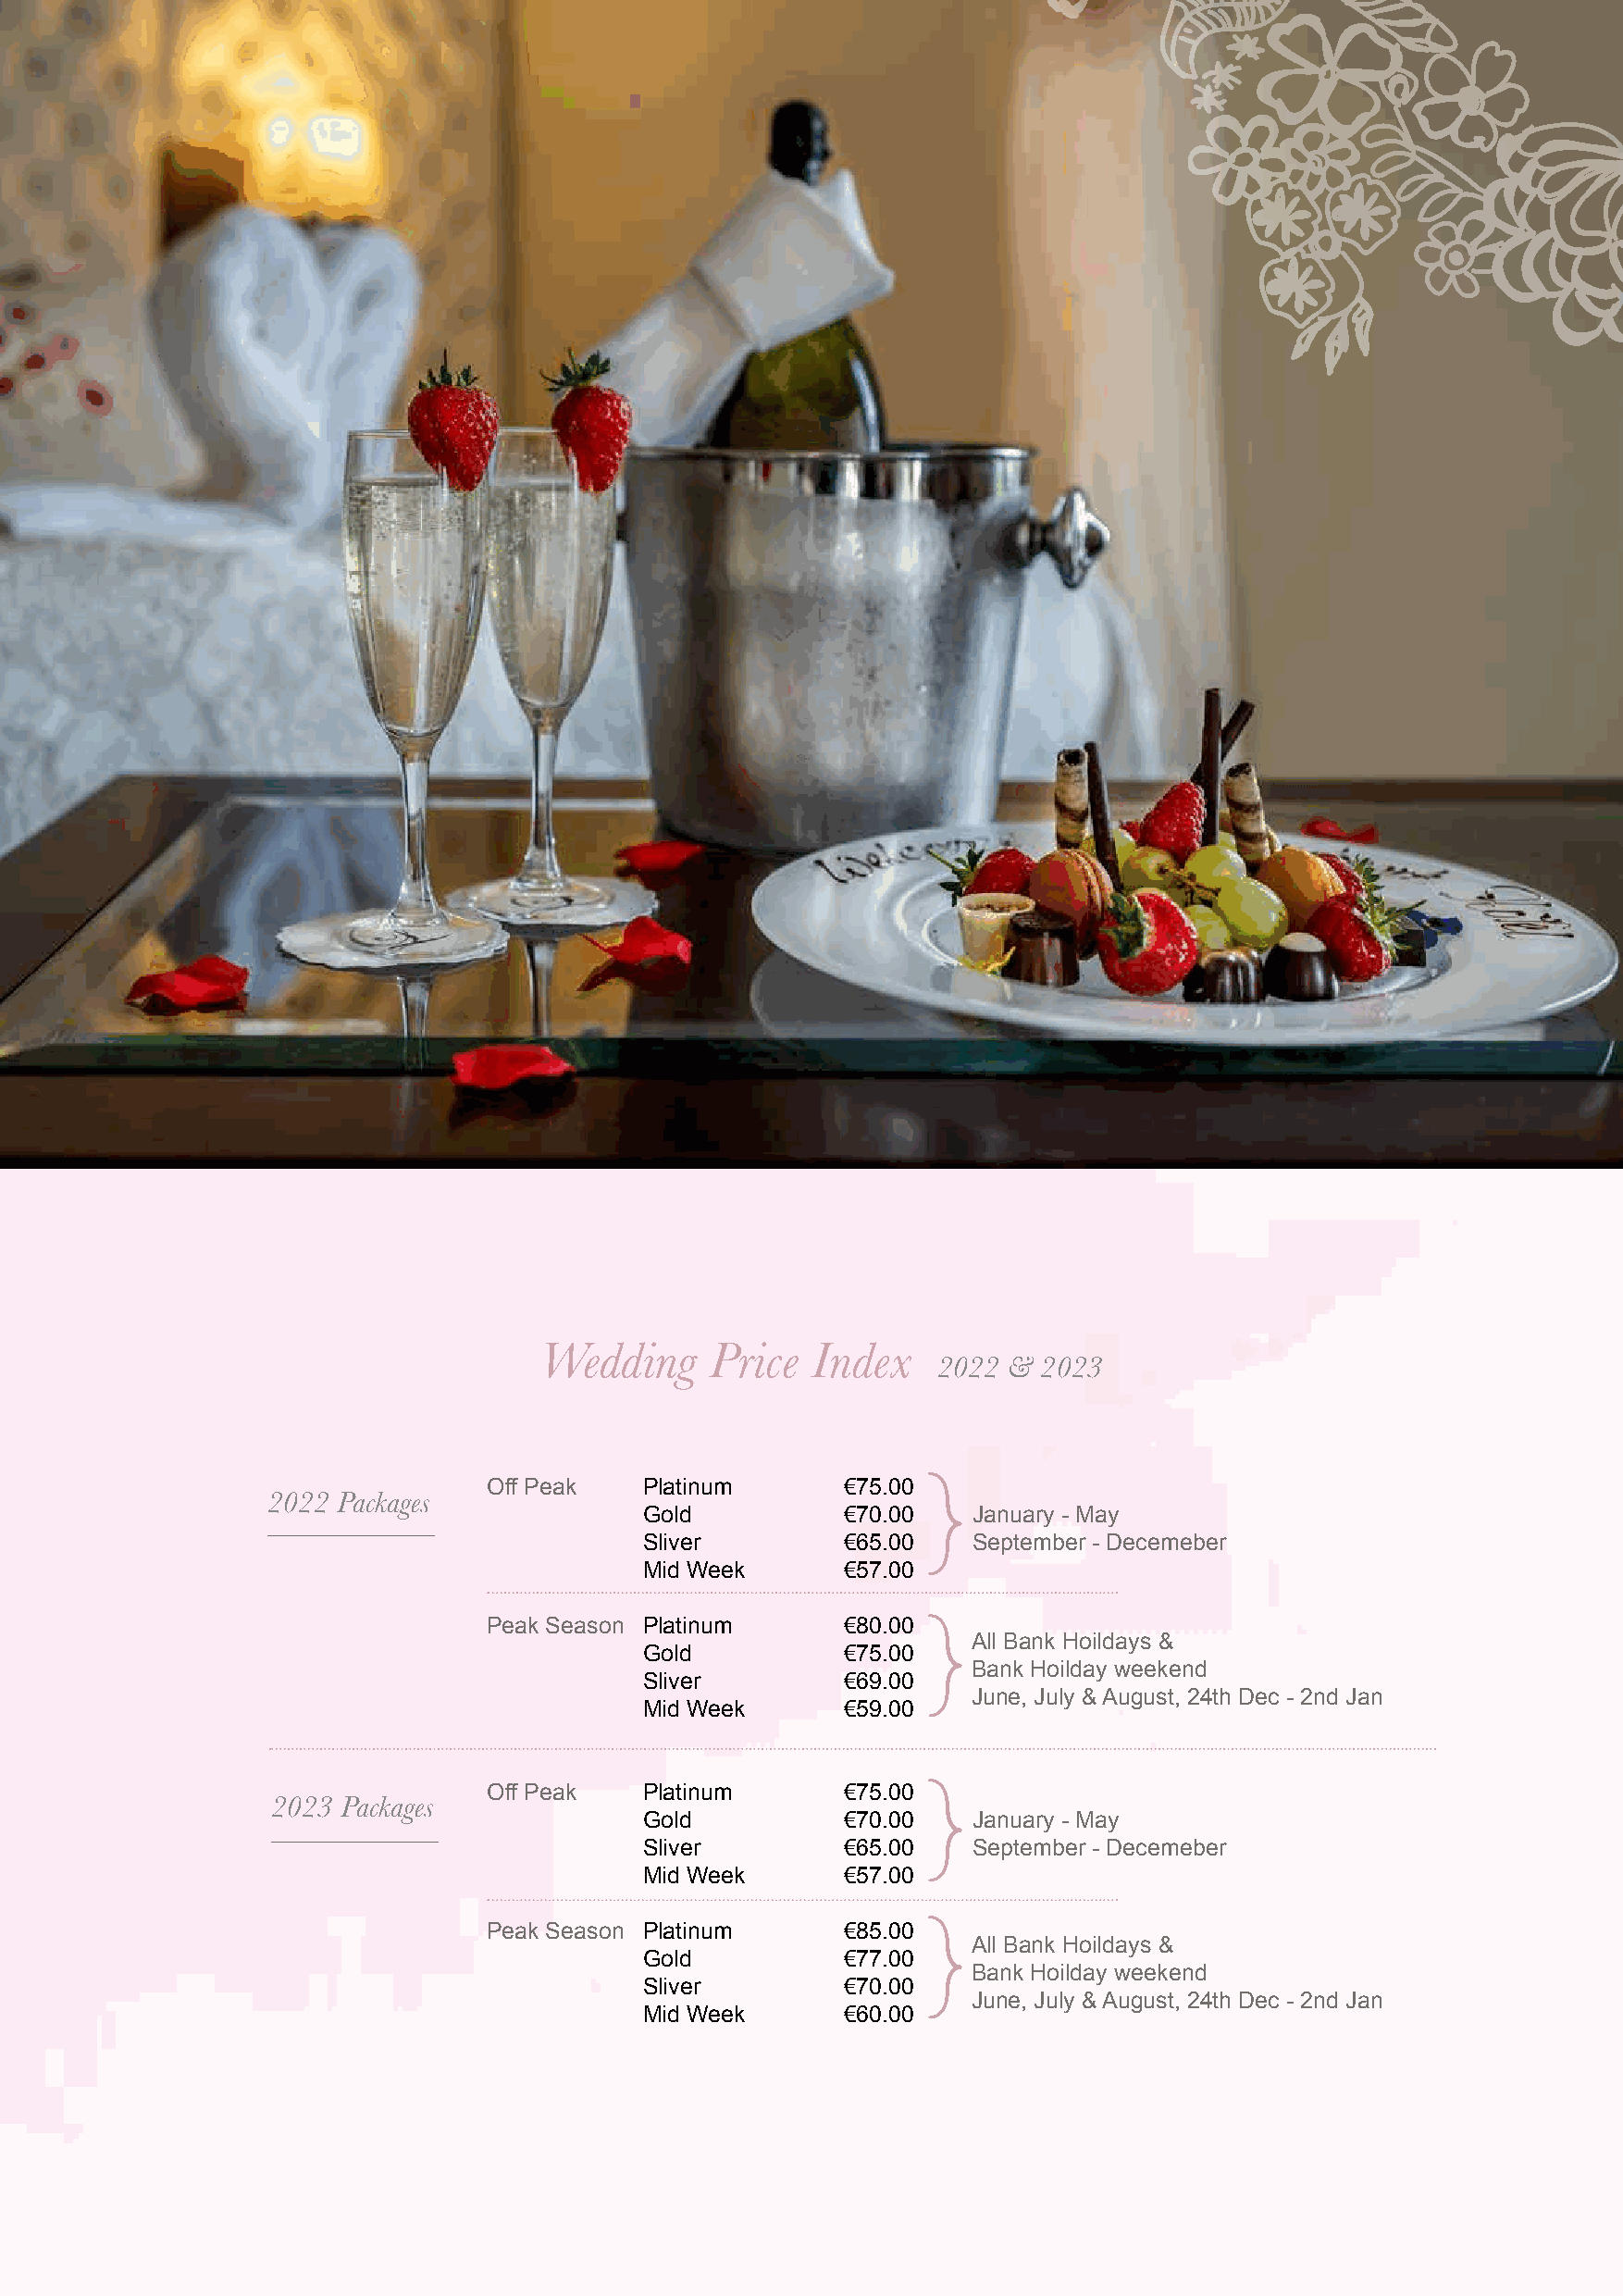
Wedding     Price  Index
 2022 & 2023
 Off Peak   Platinum      €75.00
 2022 Packages
 Gold          €70.00    January - May
 Sliver        €65.00    September - Decemeber
 Mid Week      €57.00
 Peak Season Platinum     €80.00
 All Bank Hoildays &
 Gold          €75.00
 Bank Hoilday weekend
 Sliver        €69.00
 June, July & August, 24th Dec - 2nd Jan
 Mid Week      €59.00
 Off Peak   Platinum      €75.00
 2023 Packages
 Gold          €70.00    January - May
 Sliver        €65.00    September - Decemeber
 Mid Week      €57.00
 Peak Season Platinum     €85.00
 All Bank Hoildays &
 Gold          €77.00
 Bank Hoilday weekend
 Sliver        €70.00
 June, July & August, 24th Dec - 2nd Jan
 Mid Week      €60.00